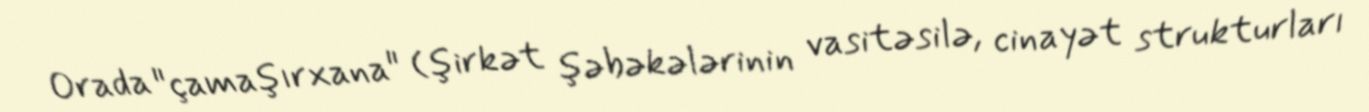
Orada "çamaşırxana" (şirkət şəbəkələrinin vasitəsilə, cinayət strukturları